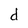
Character: d